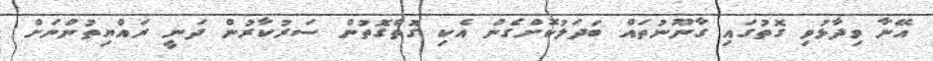
އޭނާ ވިދާޅުވި ގޮތުގައި ގާނޫނުތައް ބަދަލުކޮށްގެން އެކި ގޮތްގޮތުން ސަރުކާރުން ދަނީ ރައްޔިތުންނަށް